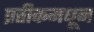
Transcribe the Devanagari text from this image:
प्रतीकमधून